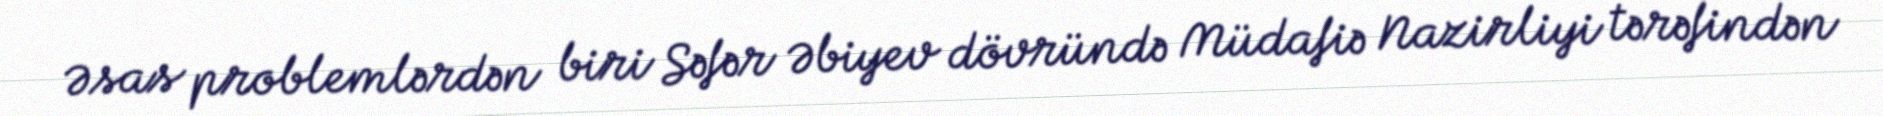
Əsas problemlərdən biri Səfər Əbiyev dövründə Müdafiə Nazirliyi tərəfindən